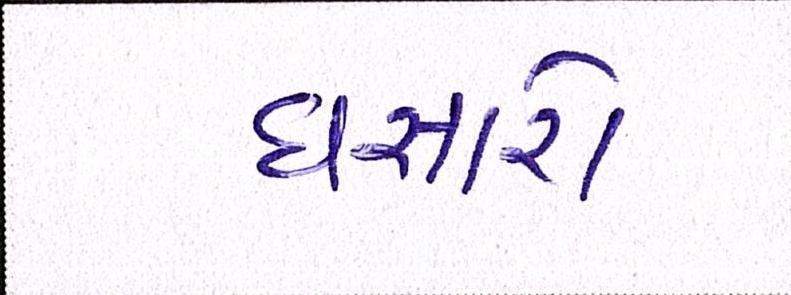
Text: ધસારો